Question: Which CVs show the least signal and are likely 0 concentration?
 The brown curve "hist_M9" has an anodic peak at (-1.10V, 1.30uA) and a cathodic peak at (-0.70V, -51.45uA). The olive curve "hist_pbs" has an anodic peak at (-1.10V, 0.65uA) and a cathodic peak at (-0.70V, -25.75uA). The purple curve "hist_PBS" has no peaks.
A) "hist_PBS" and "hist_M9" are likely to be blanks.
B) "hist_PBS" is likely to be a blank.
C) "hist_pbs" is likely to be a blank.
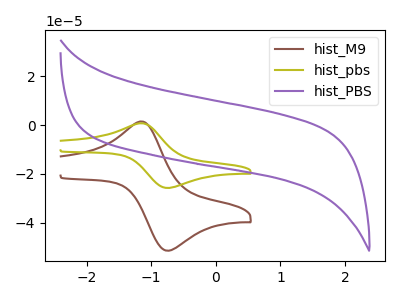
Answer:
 <answer>B) "hist_PBS" is likely to be a blank.</answer>
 <eval>B</eval>